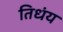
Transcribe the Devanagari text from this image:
तिधंय